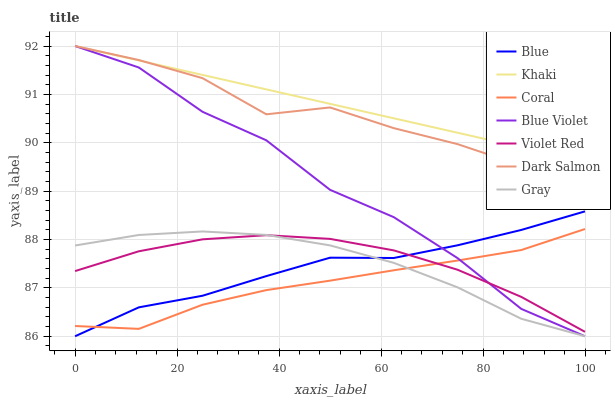
| xaxis_label | Blue | Khaki | Coral | Blue Violet | Violet Red | Dark Salmon | Gray |
 | --- | --- | --- | --- | --- | --- | --- | --- |
 | 0 | 86 | 92 | 86.2 | 92 | 87.3 | 92 | 87.9 |
 | 12.5 | 86.6 | 91.7 | 86.2 | 91.6 | 87.8 | 91.7 | 88.1 |
 | 25 | 86.8 | 91.4 | 86.7 | 90.6 | 88 | 91.3 | 88.2 |
 | 37.5 | 87.2 | 91.1 | 87 | 90.1 | 88.1 | 90.6 | 88.1 |
 | 50 | 87.6 | 90.8 | 87.1 | 89 | 88 | 90.7 | 87.9 |
 | 62.5 | 87.6 | 90.5 | 87.4 | 88.5 | 87.8 | 90.3 | 87.5 |
 | 75 | 87.9 | 90.2 | 87.6 | 87.6 | 87.4 | 90 | 87 |
 | 87.5 | 88.2 | 89.9 | 87.8 | 86.6 | 86.8 | 89.5 | 86.4 |
 | 100 | 88.6 | 89.6 | 88.2 | 86 | 86.1 | 88.9 | 86 |